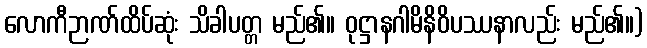
လောကီဉာဏ်ထိပ်ဆုံး သိခါပတ္တ မည်၏။ ဝုဋ္ဌာနဂါမိနိဝိပဿနာလည်း မည်၏။)